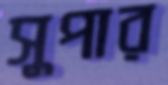
সুপার